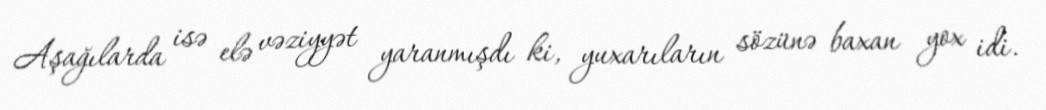
Aşağılarda isə elə vəziyyət yaranmışdı ki, yuxarıların sözünə baxan yox idi.